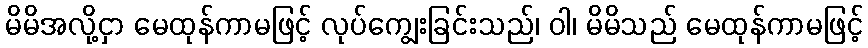
မိမိအလို့ငှာ မေထုန်ကာမဖြင့် လုပ်ကျွေးခြင်းသည်၊ ဝါ၊ မိမိသည် မေထုန်ကာမဖြင့်